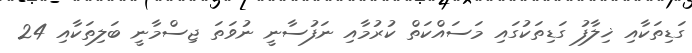
ގަޑިތަކާއި ޚިލާފު ގަޑިތަކުގައި މަސައްކަތް ކުރުމާއި ނަފުސާނީ ނުވަތަ ޖިސްމާނީ ބަލިތަކާއި 24